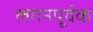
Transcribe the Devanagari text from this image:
लगनपूर्वक